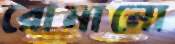
রোমানো